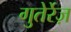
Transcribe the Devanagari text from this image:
गुतेर्रेज़